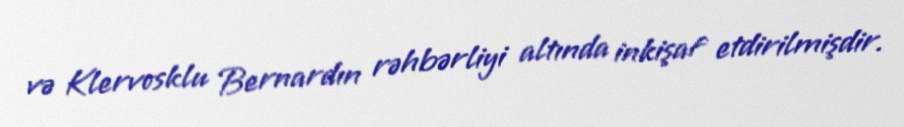
və Klervosklu Bernardın rəhbərliyi altında inkişaf etdirilmişdir.